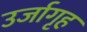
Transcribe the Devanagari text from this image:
उर्जागृह